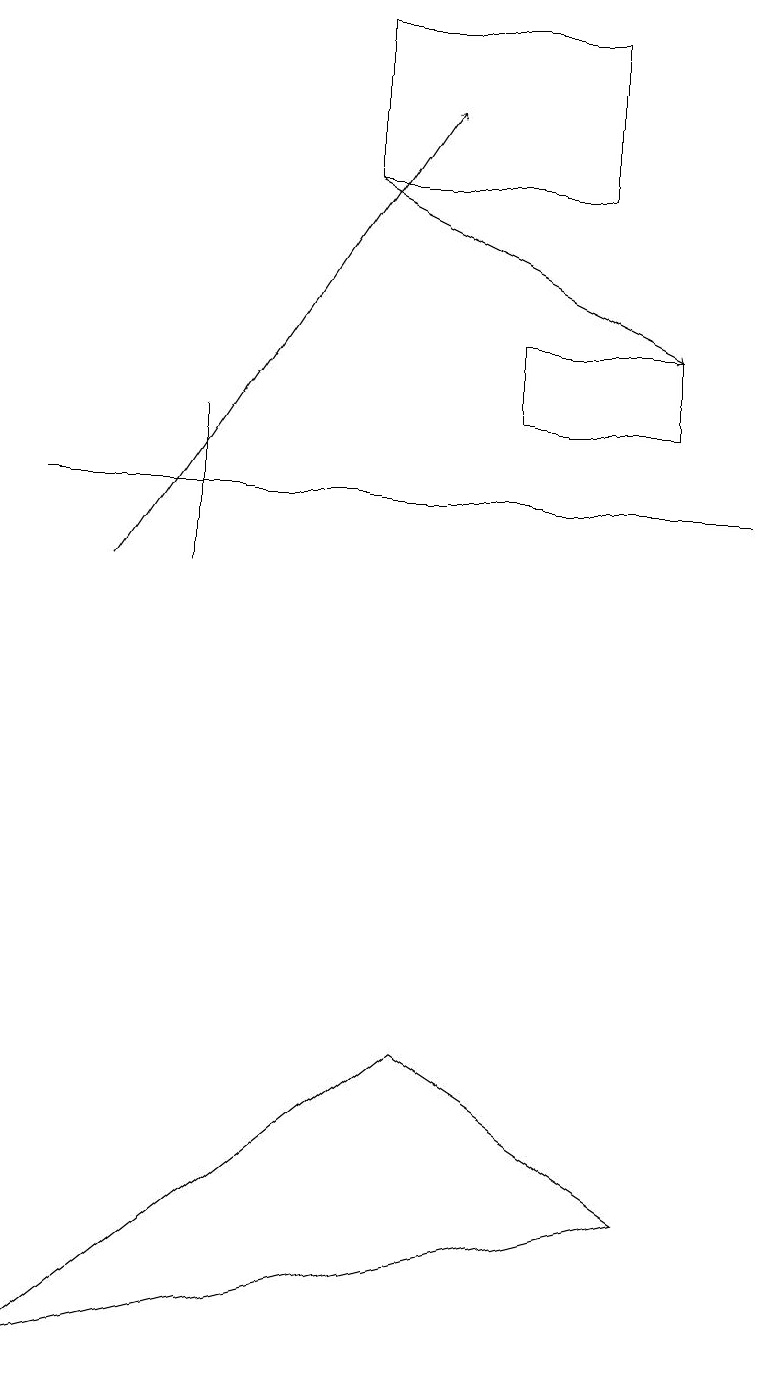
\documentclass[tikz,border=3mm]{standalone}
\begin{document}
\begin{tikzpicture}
\draw (8,14) rectangle (6,15);
\draw (4,17) rectangle (7,19);
\draw[->] (4,17) -- (8,15);
\draw (0,2) -- (5,6) -- (8,4) -- cycle;
\draw (2,14) rectangle (2,12);
\draw (9,13) rectangle (0,13);
\draw[->] (1,12) -- (5,18);
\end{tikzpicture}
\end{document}